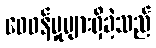
ဝေဖန်မှုများရှိခဲ့သည်